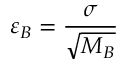
\varepsilon _ { B } = \frac { \sigma } { \sqrt { M _ { B } } }